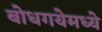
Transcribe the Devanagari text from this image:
बोधगयेमध्ये